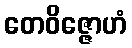
တေဝိဇ္ဇောဟံ